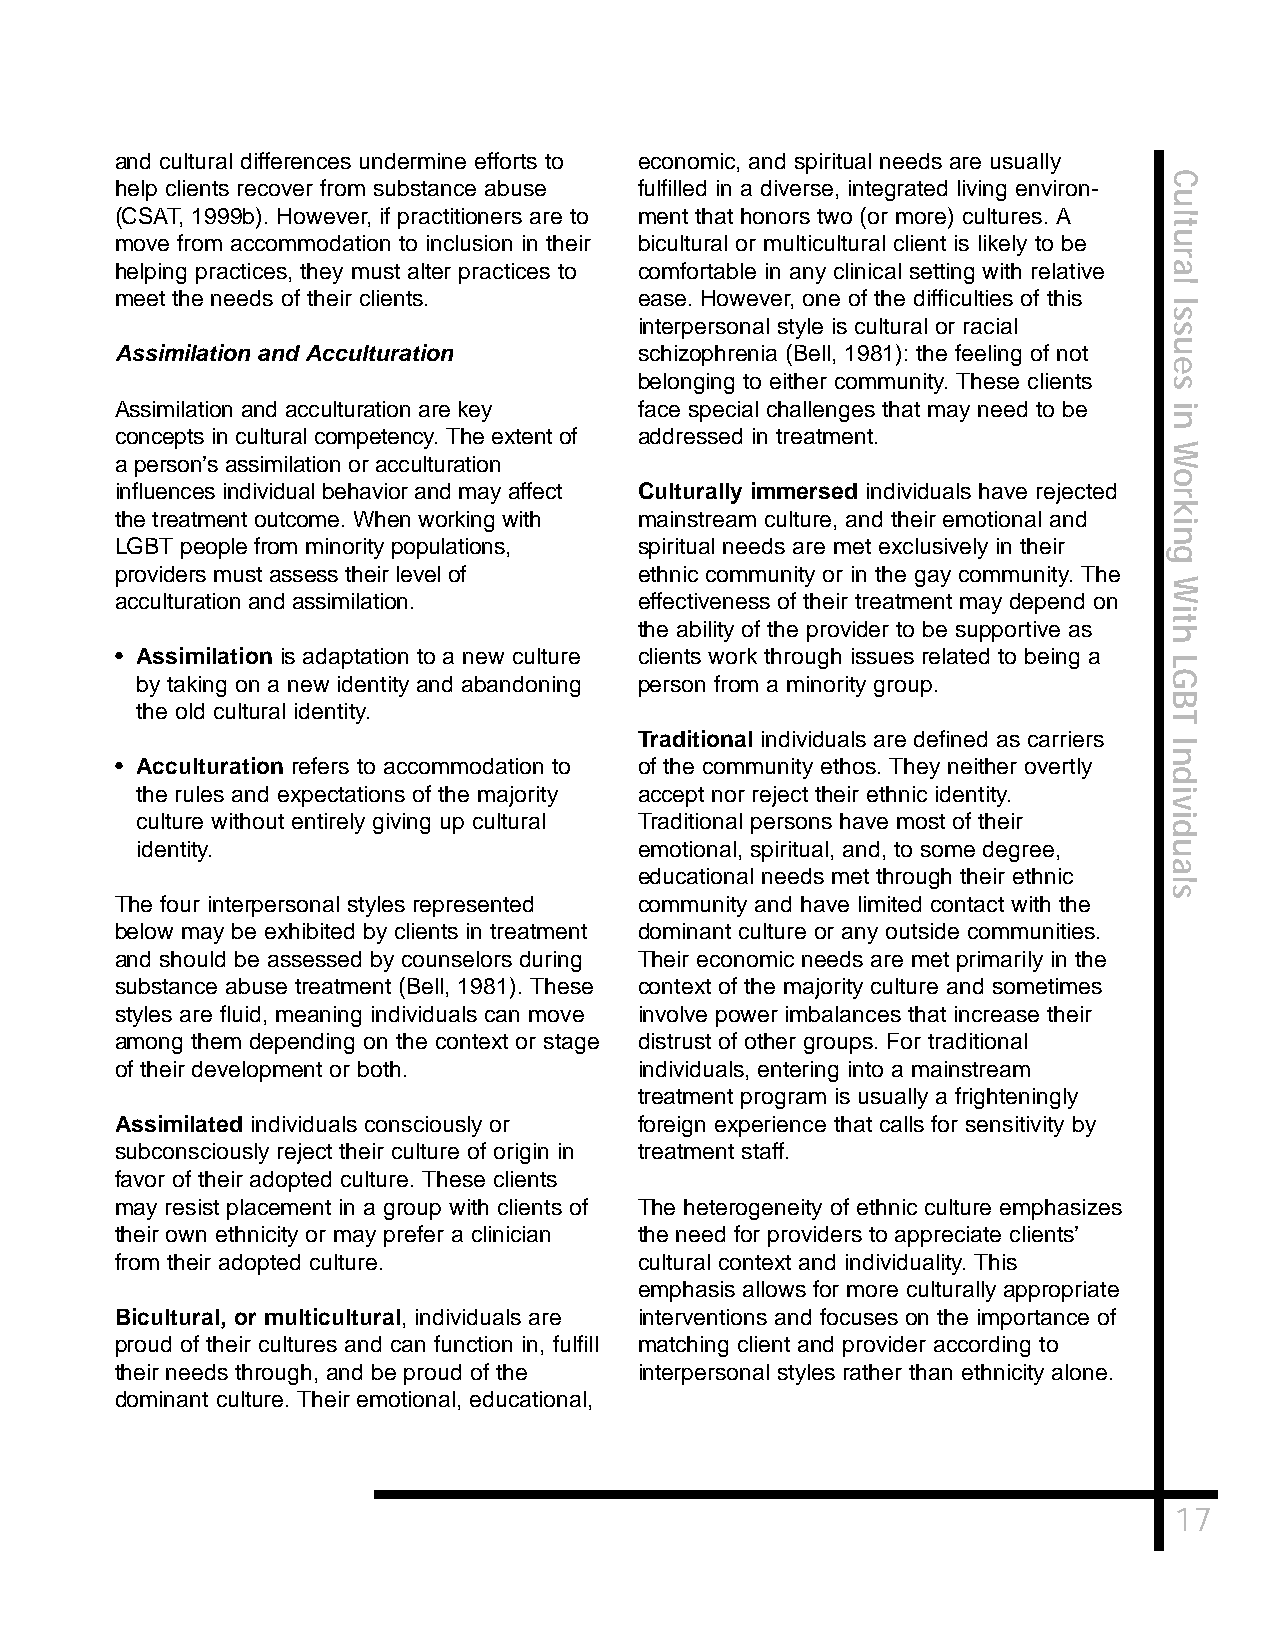
and cultural differences undermine efforts to economic, and spiritual needs are usually
 C
 help clients recover from substance abuse fulfilled in a diverse, integrated living environ-
 u
 (CSAT, 1999b). However, if practitioners are to ment that honors two (or more) cultures. A l
 t
 move from accommodation to inclusion in their bicultural or multicultural client is likely to be u
 r
 helping practices, they must alter practices to comfortable in any clinical setting with relative a
 l
 meet the needs of their clients.  ease. However, one of the difficulties of this
 I
 s
 interpersonal style is cultural or racial s
 u
 Assimilation and Acculturation    schizophrenia (Bell, 1981): the feeling of not
 e
 belonging to either community. These clients s
 Assimilation and acculturation are key face special challenges that may need to be i
 n
 concepts in cultural competency. The extent of addressed in treatment.
 W
 a person’s assimilation or acculturation
 o
 influences individual behavior and may affect Culturally immersed individuals have rejected
 r
 k
 the treatment outcome. When working with mainstream culture, and their emotional and
 i
 n
 LGBT people from minority populations, spiritual needs are met exclusively in their
 g
 providers must assess their level of ethnic community or in the gay community. The
 W
 acculturation and assimilation.   effectiveness of their treatment may depend on
 i
 the ability of the provider to be supportive as ht
 • Assimilation is adaptation to a new culture clients work through issues related to being a
 L
 by taking on a new identity and abandoning person from a minority group. G
 B
 the old cultural identity.
 T
 Traditional individuals are defined as carriers
 I
 n
 • Acculturation refers to accommodation to of the community ethos. They neither overtly
 d
 the rules and expectations of the majority accept nor reject their ethnic identity. i
 v
 culture without entirely giving up cultural Traditional persons have most of their i
 d
 identity.                        emotional, spiritual, and, to some degree, u
 a
 educational needs met through their ethnic
 l
 s
 The four interpersonal styles represented community and have limited contact with the
 below may be exhibited by clients in treatment dominant culture or any outside communities.
 and should be assessed by counselors during Their economic needs are met primarily in the
 substance abuse treatment (Bell, 1981). These context of the majority culture and sometimes
 styles are fluid, meaning individuals can move involve power imbalances that increase their
 among them depending on the context or stage distrust of other groups. For traditional
 of their development or both.     individuals, entering into a mainstream
 treatment program is usually a frighteningly
 Assimilated individuals consciously or foreign experience that calls for sensitivity by
 subconsciously reject their culture of origin in treatment staff.
 favor of their adopted culture. These clients
 may resist placement in a group with clients of The heterogeneity of ethnic culture emphasizes
 their own ethnicity or may prefer a clinician the need for providers to appreciate clients’
 from their adopted culture.       cultural context and individuality. This
 emphasis allows for more culturally appropriate
 Bicultural, or multicultural, individuals are interventions and focuses on the importance of
 proud of their cultures and can function in, fulfill matching client and provider according to
 their needs through, and be proud of the interpersonal styles rather than ethnicity alone.
 dominant culture. Their emotional, educational,
 17